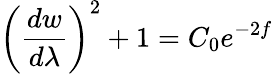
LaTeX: \left(\frac{dw}{d\lambda}\right)^{2}+1=C_{0}e^{-2f}